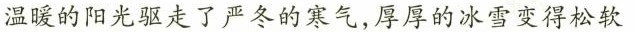
温暖的阳光驱走了严冬的寒气，厚厚的冰雪变得松软